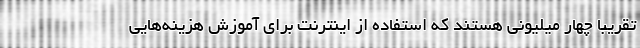
تقریباً چهار میلیونی هستند که استفاده از اینترنت برای آموزش هزینه‌هایی